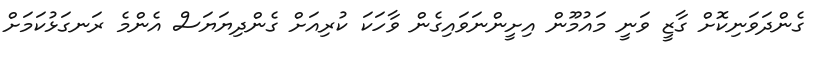
ގެންދަވަނިކޮށް ގާޒީ ވަނީ މައުމޫން އިށީންނަވައިގެން ވާހަކަ ކުރިއަށް ގެންދިޔަޔަސް އެންމެ ރަނގަޅުކަމަށް